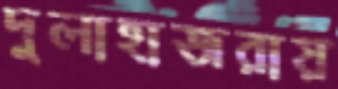
দুলাহাজরায়